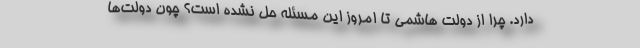
دارد. چرا از دولت هاشمی تا امروز این مسئله حل نشده است؟ چون دولت‌ها